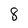
Character: 8